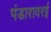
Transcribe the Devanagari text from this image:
पंडारावरई